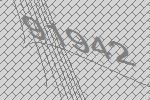
91942